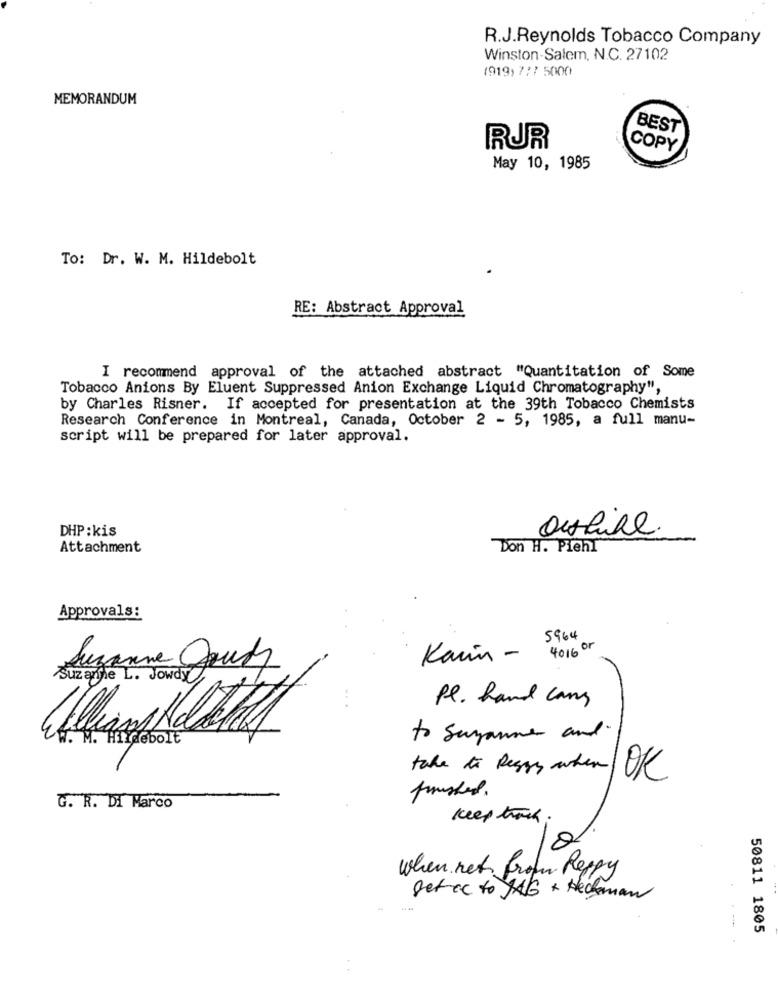
R.J.Reynolds Tobacco Company
Winston-Salem, N.C. 27102
(919) 777 5000
MEMORANDUM
BEST
RJR
COPY
May 10, 1985
To: Dr. W. M. Hildebolt
RE: Abstract Approval
I recommend approval of the attached abstract "Quantitation of Some
Tobacco Anions By Eluent Suppressed Anion Exchange Liquid Chromatography",
by Charles Risner. If accepted for presentation at the 39th Tobacco Chemists
Research Conference in Montreal, Canada, October 2 - 5, 1985, a full manu-
script will be prepared for later approval.
DHP:kis
outline.
Attachment
Don H. Piehl
Approvals:
5964
4016 or
Karin -
Suzanne Cours
suzanne L. Jowdy
Pe. hand cans
W. M. Hildebolt
to suzanne and
take to Peggy when
OK
G. R. DI Marco
keep track.
when net, from Peppy
Set cc to JAG + Heckman
50811 1805
..